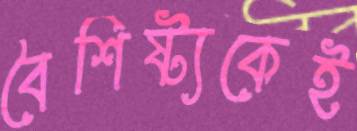
বৈশিষ্ট্যকেই